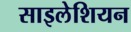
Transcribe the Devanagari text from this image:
साइलेशियन